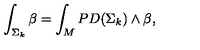
\int _ { \Sigma _ { k } } \beta = \int _ { M } P D ( \Sigma _ { k } ) \wedge \beta ,